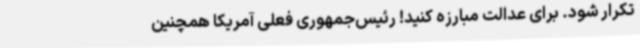
تکرار شود. برای عدالت مبارزه کنید! رئیس‌جمهوری فعلی آمریکا همچنین